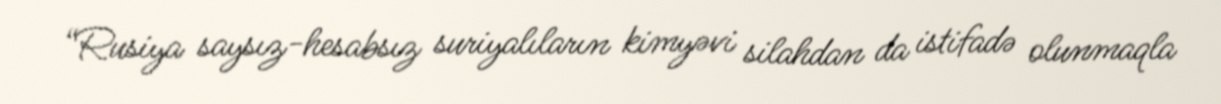
“Rusiya saysız-hesabsız suriyalıların kimyəvi silahdan da istifadə olunmaqla